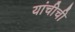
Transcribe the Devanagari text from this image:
यांचीची